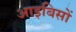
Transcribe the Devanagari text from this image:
आइबिसों